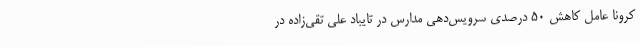
کرونا عامل کاهش 50 درصدی سرویس‌دهی مدارس در تایباد علی تقی‌زاده در